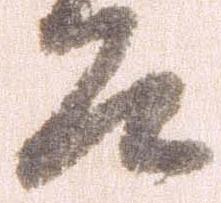
そ